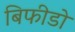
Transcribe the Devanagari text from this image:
बिफीडो